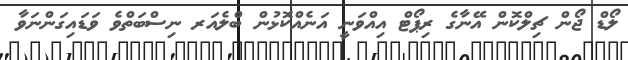
ލޯޑް ޖޯން ޗިލްކޮން އޭނާގެ ރިޕޯޓް އިއްވަނީ އަނެއްކޮޅުން ބްލެއަރ ނިސްބަތްވެ ވަޑައިގަންނަވާ